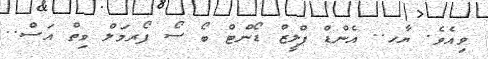
ވިއެވެ. ޔާހ.. އެންޑް ޕްލީޒް ޑޯންޓް ބޯ ސޯ ފޯރމަލް ވިތް އަސް..